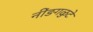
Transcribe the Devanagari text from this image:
नींङगळुटे